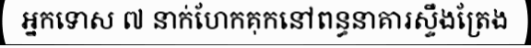
អ្នកទោស ៧ នាក់ហែកគុកនៅពន្ធនាគារស្ទឹងត្រែង